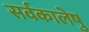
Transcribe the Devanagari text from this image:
सर्वकालेषु